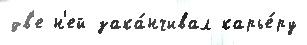
дв'е н'ей зака́нчивал карье́ру